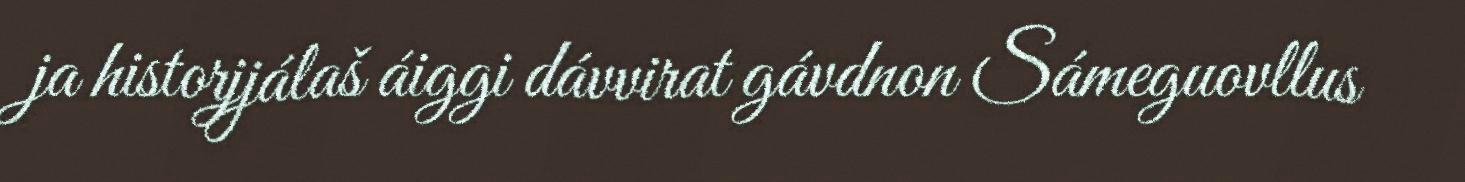
ja historjjálaš áiggi dávvirat gávdnon Sámeguovllus